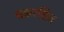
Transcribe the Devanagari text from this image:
चक्ररहित